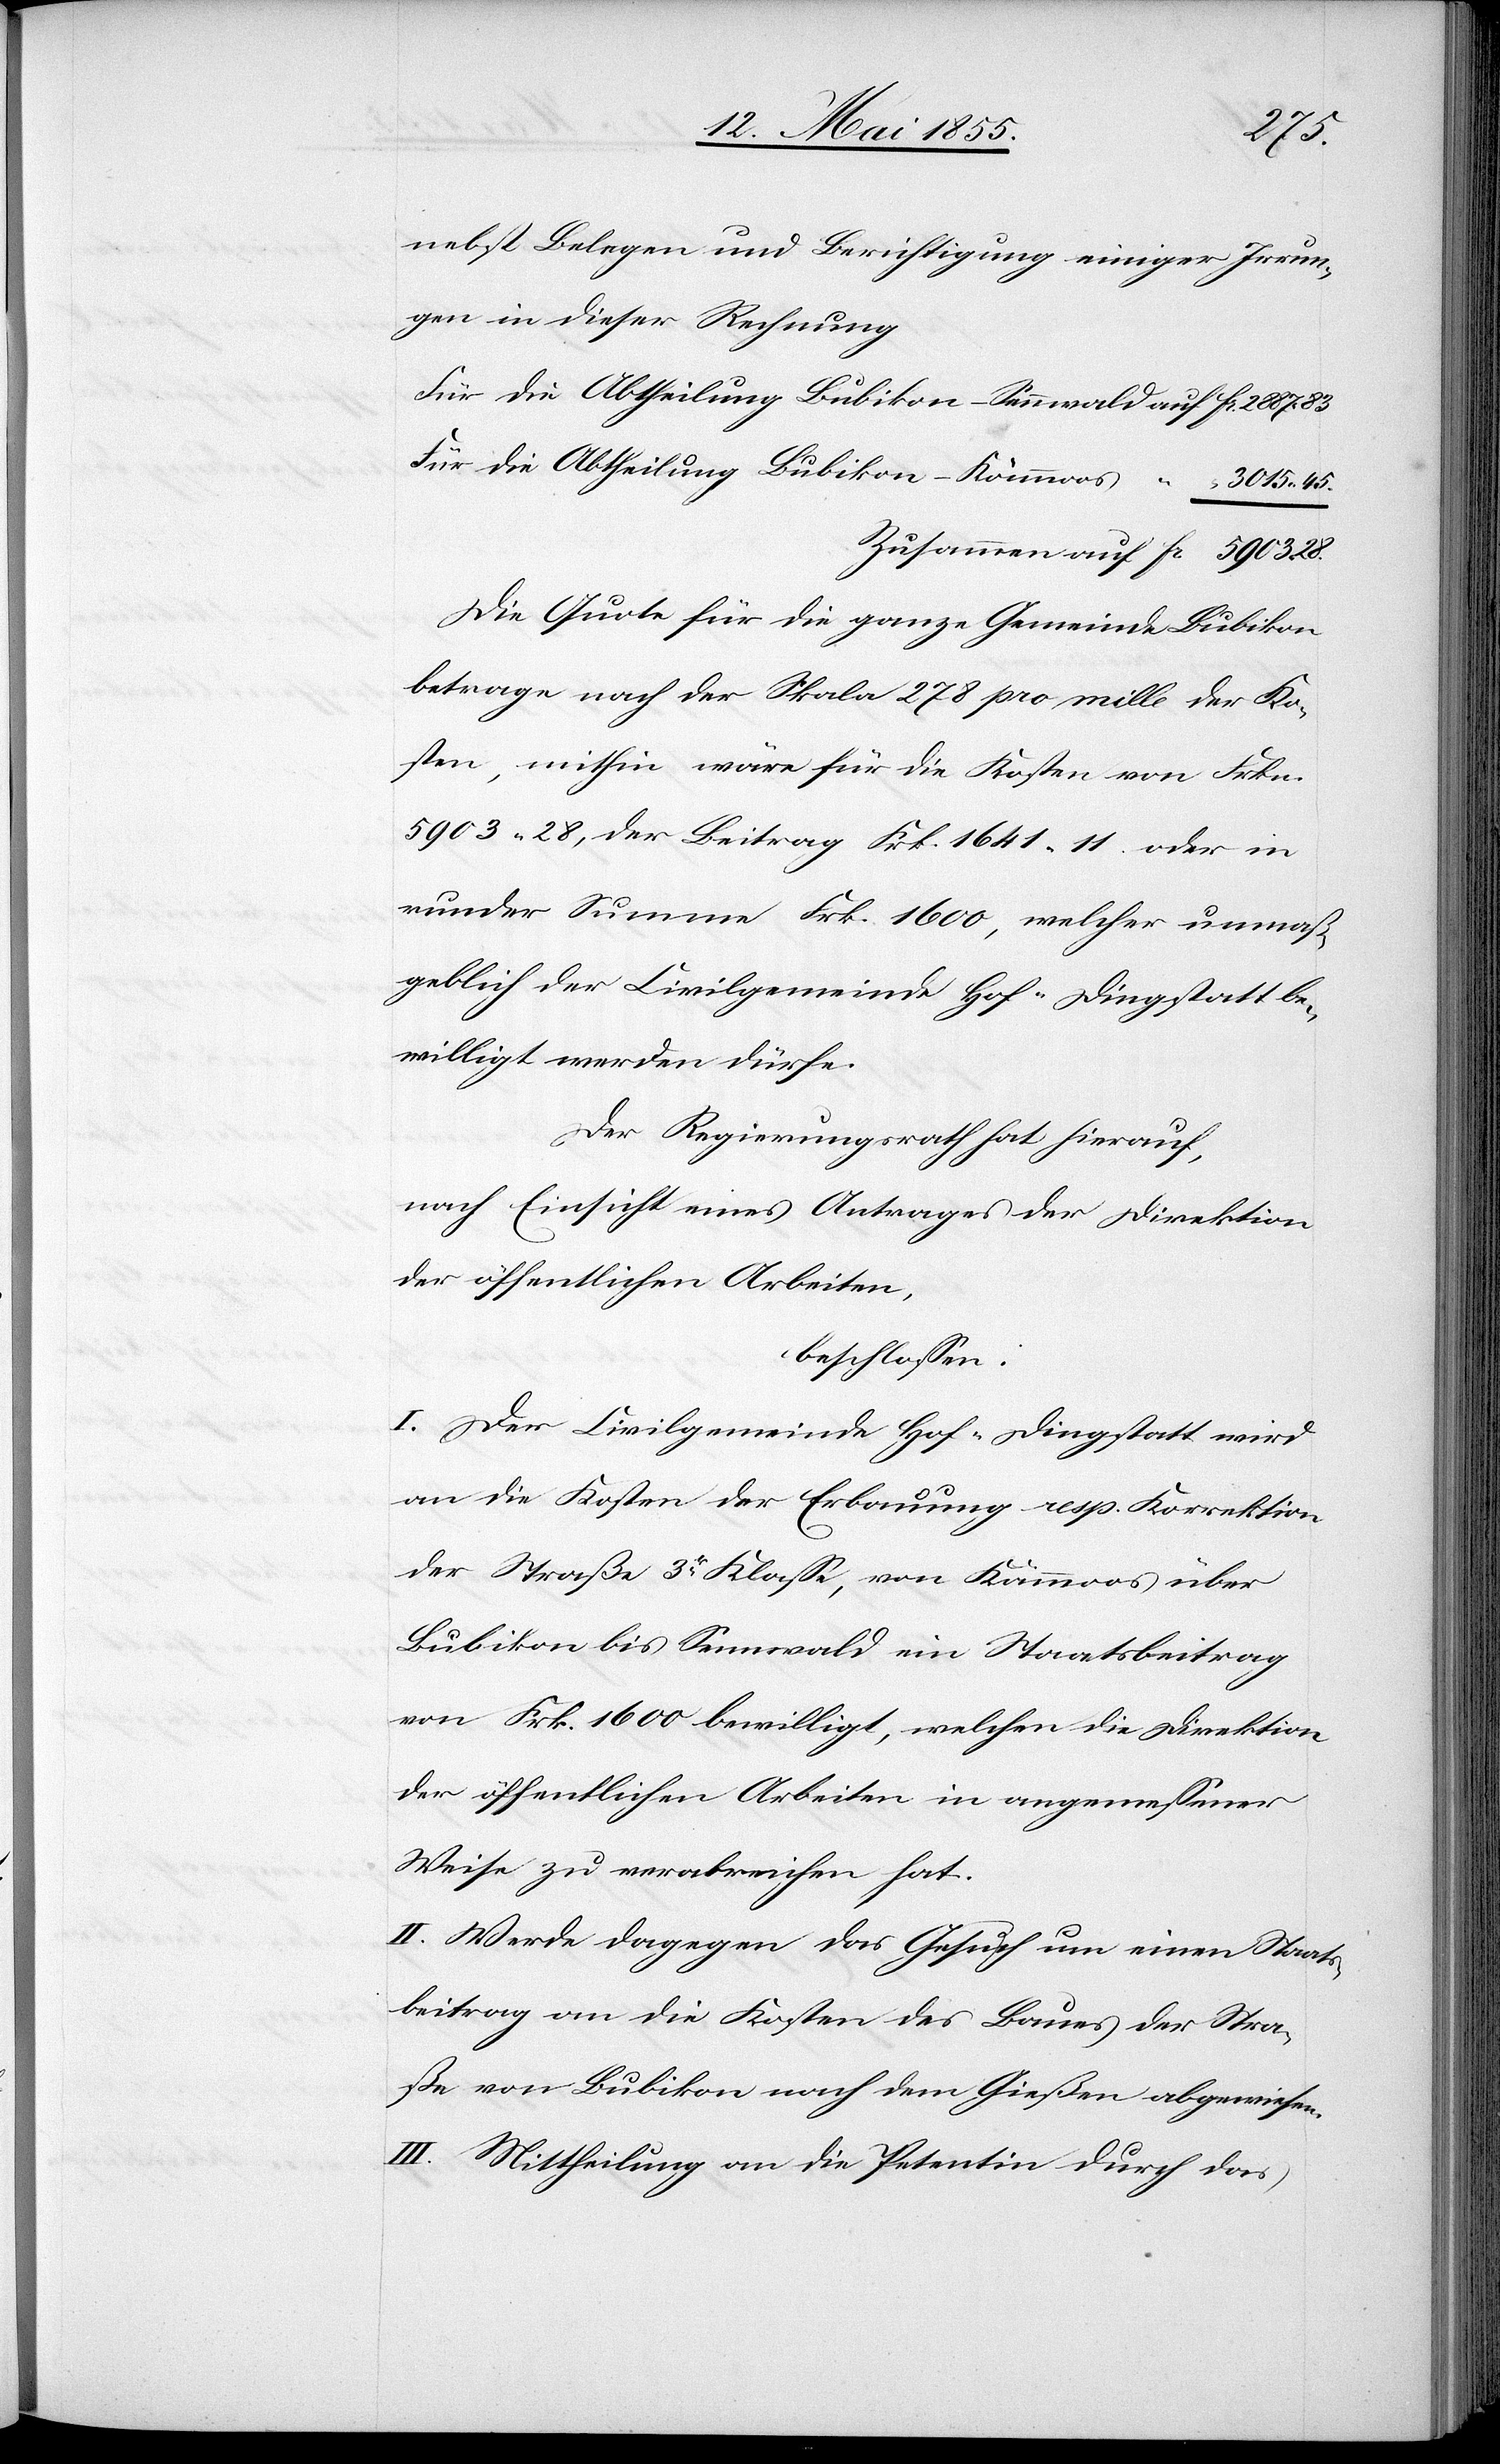
28.
nebst Belegen und Berichtigung einiger Irrun¬
gen in dieser Rechnung
Für die Abtheilung Bubikon–Kämmoos
Fr.
3015. 45.
Die Quote für die ganze Gemeinde Bubikon
betrage nach der Skala 278 pro mille der Ko¬
sten, mithin wäre für die Kosten von Frkn.
5903. 28, der Beitrag Frk. 1641. 11. oder in
runder Summe Frk. 1600, welcher unmaß¬
geblich der Civilgemeinde Hof-Dingstatt be¬
willigt werden dürfe.
Der Regierungsrath hat hierauf,
nach Einsicht eines Antrages der Direktion
der öffentlichen Arbeiten,
beschlossen:
I. Der Civilgemeinde Hof-Dingstatt wird
an die Kosten der Erbauung resp. Korrektion
der Straße 3r Klasse, von Kämmoos über
Bubikon bis Sennwald ein Staatsbeitrag
von Frk. 1600 bewilligt, welchen die Direktion
der öffentlichen Arbeiten in angemessener
Weise zu verabreichen hat.
II. Werde dagegen das Gesuch um einen Staats¬
beitrag an die Kosten des Baues der Stra¬
ße von Bubikon nach dem Gießen abgewiesen.
III. Mittheilung an die Petentin durch das